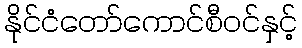
နိုင်ငံတော်ကောင်စီဝင်နှင့်